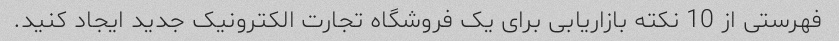
فهرستی از 10 نکته بازاریابی برای یک فروشگاه تجارت الکترونیک جدید ایجاد کنید.